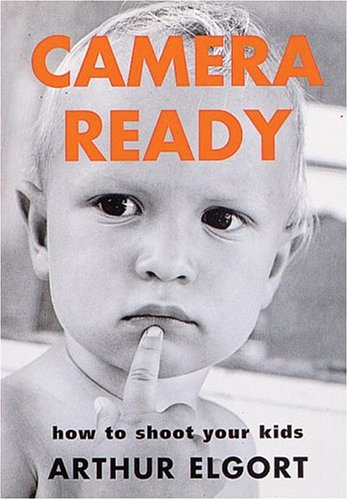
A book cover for Camera Ready: How to Shoot Your Kids; Arts & Photography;